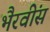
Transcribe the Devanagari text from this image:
भैरवींस